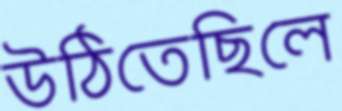
উঠিতেছিলে